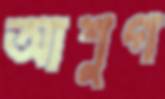
আশুগ